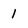
Character: I